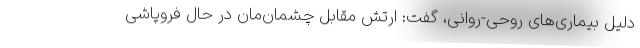
دلیل بیماری‌های روحی-روانی، گفت: ارتش مقابل چشمان‌مان در حال فروپاشی